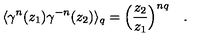
\langle \gamma ^ { n } ( z _ { 1 } ) \gamma ^ { - n } ( z _ { 2 } ) \rangle _ { q } = \Big ( \frac { z _ { 2 } } { z _ { 1 } } \Big ) ^ { n q } \quad .